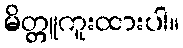
မိတ္တူကူးထားပါ။